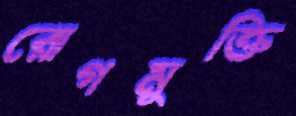
রোগমুক্তি